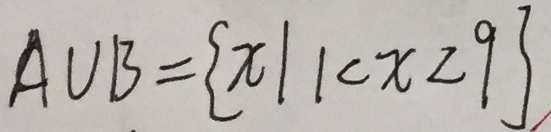
A \cup B = \{ x \vert 1 < x < 9 \}